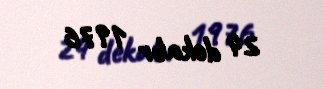
24 dekabr 1976